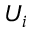
U _ { i }